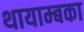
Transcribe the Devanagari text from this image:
थायाम्बका